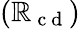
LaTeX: (\mathbb{R}_{\mathrm{{~c~d~}}})